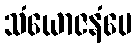
သံယောဇနံပေ